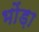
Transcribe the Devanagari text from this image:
भोंड़ा